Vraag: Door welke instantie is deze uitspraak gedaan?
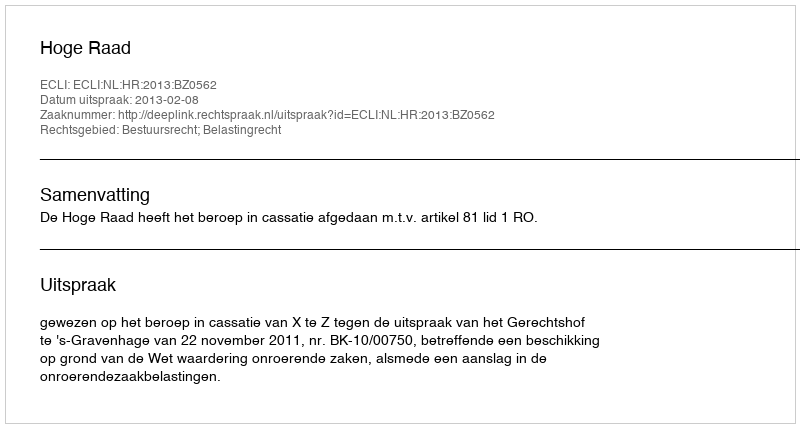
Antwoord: Hoge Raad